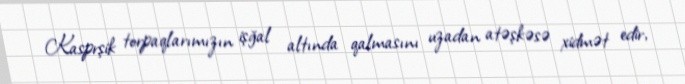
Kasprşik torpaqlarımızın işğal altında qalmasını uzadan atəşkəsə xidmət edir,